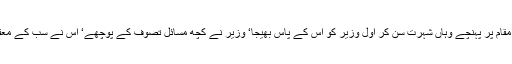
چنانچہ جب اس مقام پر پہنچے وہاں شہرت سن کر اول وزیر کو اس کے پاس بھیجا‘ وزیر نے کچھ مسائل تصوف کے پوچھے‘ اس نے سب کے معقول جواب دئیے۔